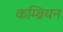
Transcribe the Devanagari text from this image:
कम्ब्रियन